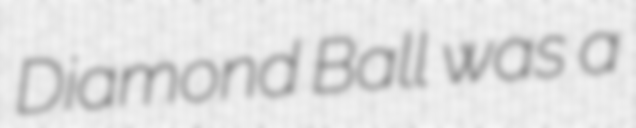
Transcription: Diamond Ball was a